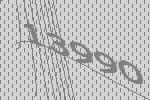
13990